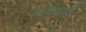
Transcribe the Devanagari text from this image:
व्यवधानी